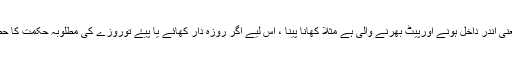
وہ نوع امتلاء یعنی اندر داخل ہونے اورپیٹ بھرنے والی ہے مثلا کھانا پینا ، اس لیے اگر روزہ دار کھائے یا پیۓ توروزے کی مطلوبہ حکمت کا حصول نہيں ہوتا ۔